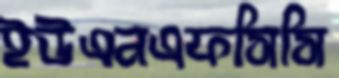
ইউএনএফসিসি